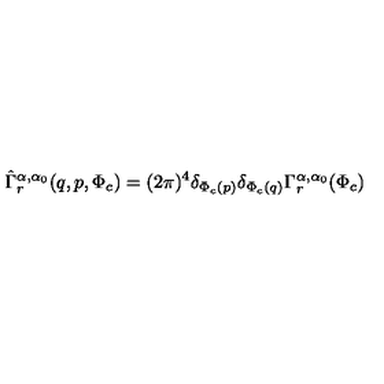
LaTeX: \hat { \Gamma } _ { r } ^ { \alpha , \alpha _ { 0 } } ( q , p , \Phi _ { c } ) = ( 2 \pi ) ^ { 4 } \delta _ { \Phi _ { c } ( p ) } \delta _ { \Phi _ { c } ( q ) } \Gamma _ { r } ^ { \alpha , \alpha _ { 0 } } ( \Phi _ { c } )